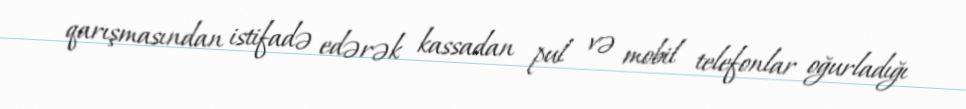
qarışmasından istifadə edərək kassadan pul və mobil telefonlar oğurladığı